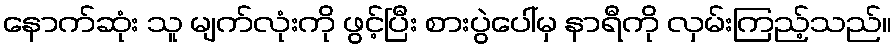
နောက်ဆုံး သူ မျက်လုံးကို ဖွင့်ပြီး စားပွဲပေါ်မှ နာရီကို လှမ်းကြည့်သည်။